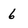
Character: 6